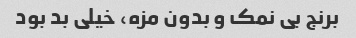
برنج بی نمک و بدون مزه، خیلی بد بود